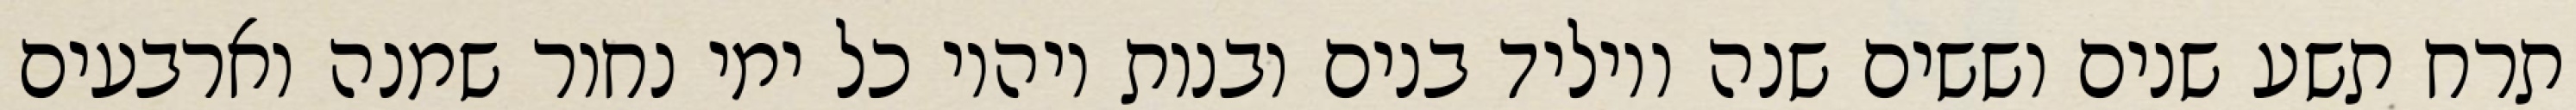
תרח תשע שנים וששים שנה ויוליד בנים ובנות ויהיו כל ימי נחור שמנה וארבעים